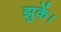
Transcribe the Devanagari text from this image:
झुकें।